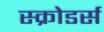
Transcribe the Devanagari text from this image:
स्क्रोडर्स